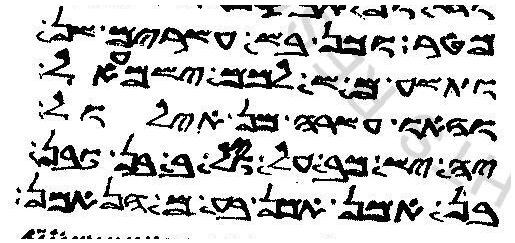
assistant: ואמר לון בר מאה ועסרים שתה
וזעק משה לכל ישראל
וארמה מן אדיו
יהוה אלהך כל עבד אלין אן
מן אדמה שבע זבנואן